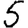
Digit: 5